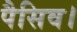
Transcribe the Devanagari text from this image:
पैसिव।